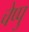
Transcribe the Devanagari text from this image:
चेप्पु